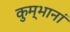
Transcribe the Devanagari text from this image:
कुम्भानां